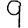
Digit: 9